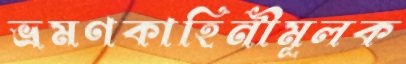
ভ্রমণকাহিনীমূলক